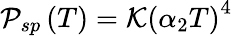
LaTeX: {\cal P}_{sp}\left(T\right)={\cal K}\left(\alpha_{2}T\right)^{4}